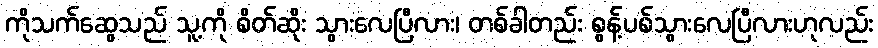
ကိုသက်ဆွေသည် သူ့ကို စိတ်ဆိုး သွားလေပြီလား၊ တစ်ခါတည်း စွန့်ပစ်သွားလေပြီလားဟုလည်း